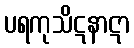
ပရကုသိဋနာဋာ